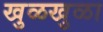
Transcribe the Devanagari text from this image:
खुळखुळा